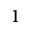
^ 1